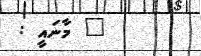
" މާނައީ :